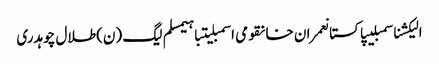
الیکشناسمبلیپاکستانعمران خانقومی اسمبلیتباہیمسلم لیگ (ن)طلال چوہدری